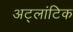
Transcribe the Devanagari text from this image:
अट्लांटिक